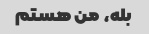
بله، من هستم